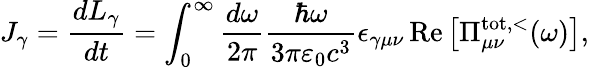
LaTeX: J_{\gamma}=\frac{dL_{\gamma}}{dt}=\int_{0}^{\infty}\frac{d\omega}{2\pi}\frac{\hbar\omega}{3\pi\varepsilon_{0}c^{3}}\epsilon_{\gamma\mu\nu}\operatorname{Re}\left[\Pi_{\mu\nu}^{\mathrm{tot},<}(\omega)\right],